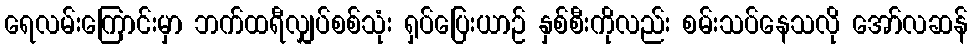
ရေလမ်းကြောင်းမှာ ဘက်ထရီလျှပ်စစ်သုံး ရှပ်ပြေးယာဉ် နှစ်စီးကိုလည်း စမ်းသပ်နေသလို အော်လဆန်